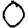
Digit: 0